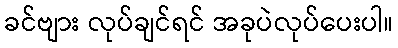
ခင်ဗျား လုပ်ချင်ရင် အခုပဲလုပ်ပေးပါ။